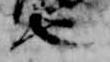
也